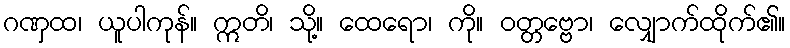
ဂဏှထ၊ ယူပါကုန်။ ဣတိ၊ သို့။ ထေရော၊ ကို။ ဝတ္တဗ္ဗော၊ လျှောက်ထိုက်၏။